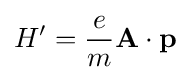
H'={\frac {e}{m}}\mathbf {A} \cdot \mathbf {p}